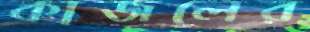
কাজলের